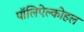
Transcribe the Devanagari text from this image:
पॉलिऐल्कोहल